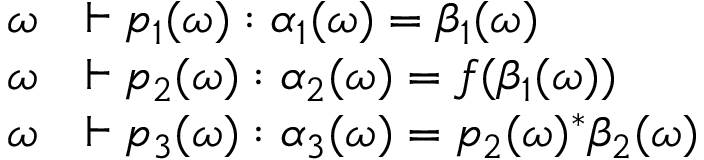
\begin{array} { r l } { \omega } & { \vdash p _ { 1 } ( \omega ) : \alpha _ { 1 } ( \omega ) = \beta _ { 1 } ( \omega ) } \\ { \omega } & { \vdash p _ { 2 } ( \omega ) : \alpha _ { 2 } ( \omega ) = f ( \beta _ { 1 } ( \omega ) ) } \\ { \omega } & { \vdash p _ { 3 } ( \omega ) : \alpha _ { 3 } ( \omega ) = p _ { 2 } ( \omega ) ^ { * } \beta _ { 2 } ( \omega ) } \end{array}